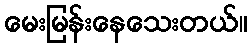
မေးမြန်းနေသေးတယ်။